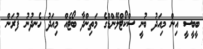
ބީބީސީ އިން މިއަދު ބުނީ ސްކޯޓްލޭންޑްގެ މަތިންދާ ބޯޓެއް މިއަދު ހެނދުނު ފުރަން